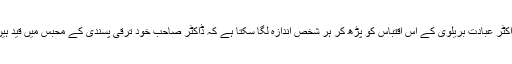
ڈاکٹر عبادت بریلوی کے اس اقتباس کو پڑھ کر ہر شخص اندازہ لگا سکتا ہے کہ ڈاکٹر صاحب خود ترقی پسندی کے محبس میں قید ہیں۔